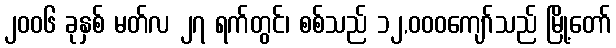
၂၀၀၆ ခုနှစ် မတ်လ ၂၇ ရက်တွင်၊ စစ်သည် ၁၂,၀၀၀ကျော်သည် မြို့တော်